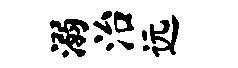
溺治远